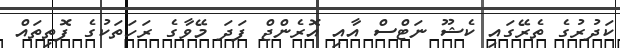
ކަދުރުގެ ތެރޭގައި ކެޝޫ ނަޓްސް އާއި އޮރެންޖް ފަދަ މޭވާގެ ރަހަތަކުގެ ފޮތިތައް